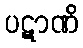
ပဋာဏိ